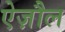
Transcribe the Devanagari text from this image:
ऐज़ौल